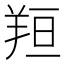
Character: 𦍼